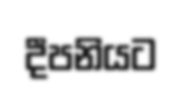
දීපනියට